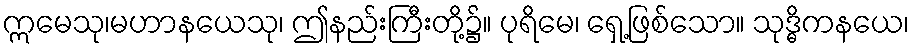
ဣမေသု၊မဟာနယေသု၊ ဤနည်းကြီးတို့၌။ ပုရိမေ၊ ရှေ့ဖြစ်သော။ သုဒ္ဓိကနယေ၊